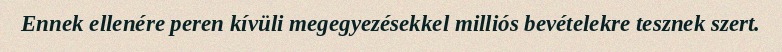
Ennek ellenére peren kívüli megegyezésekkel milliós bevételekre tesznek szert.